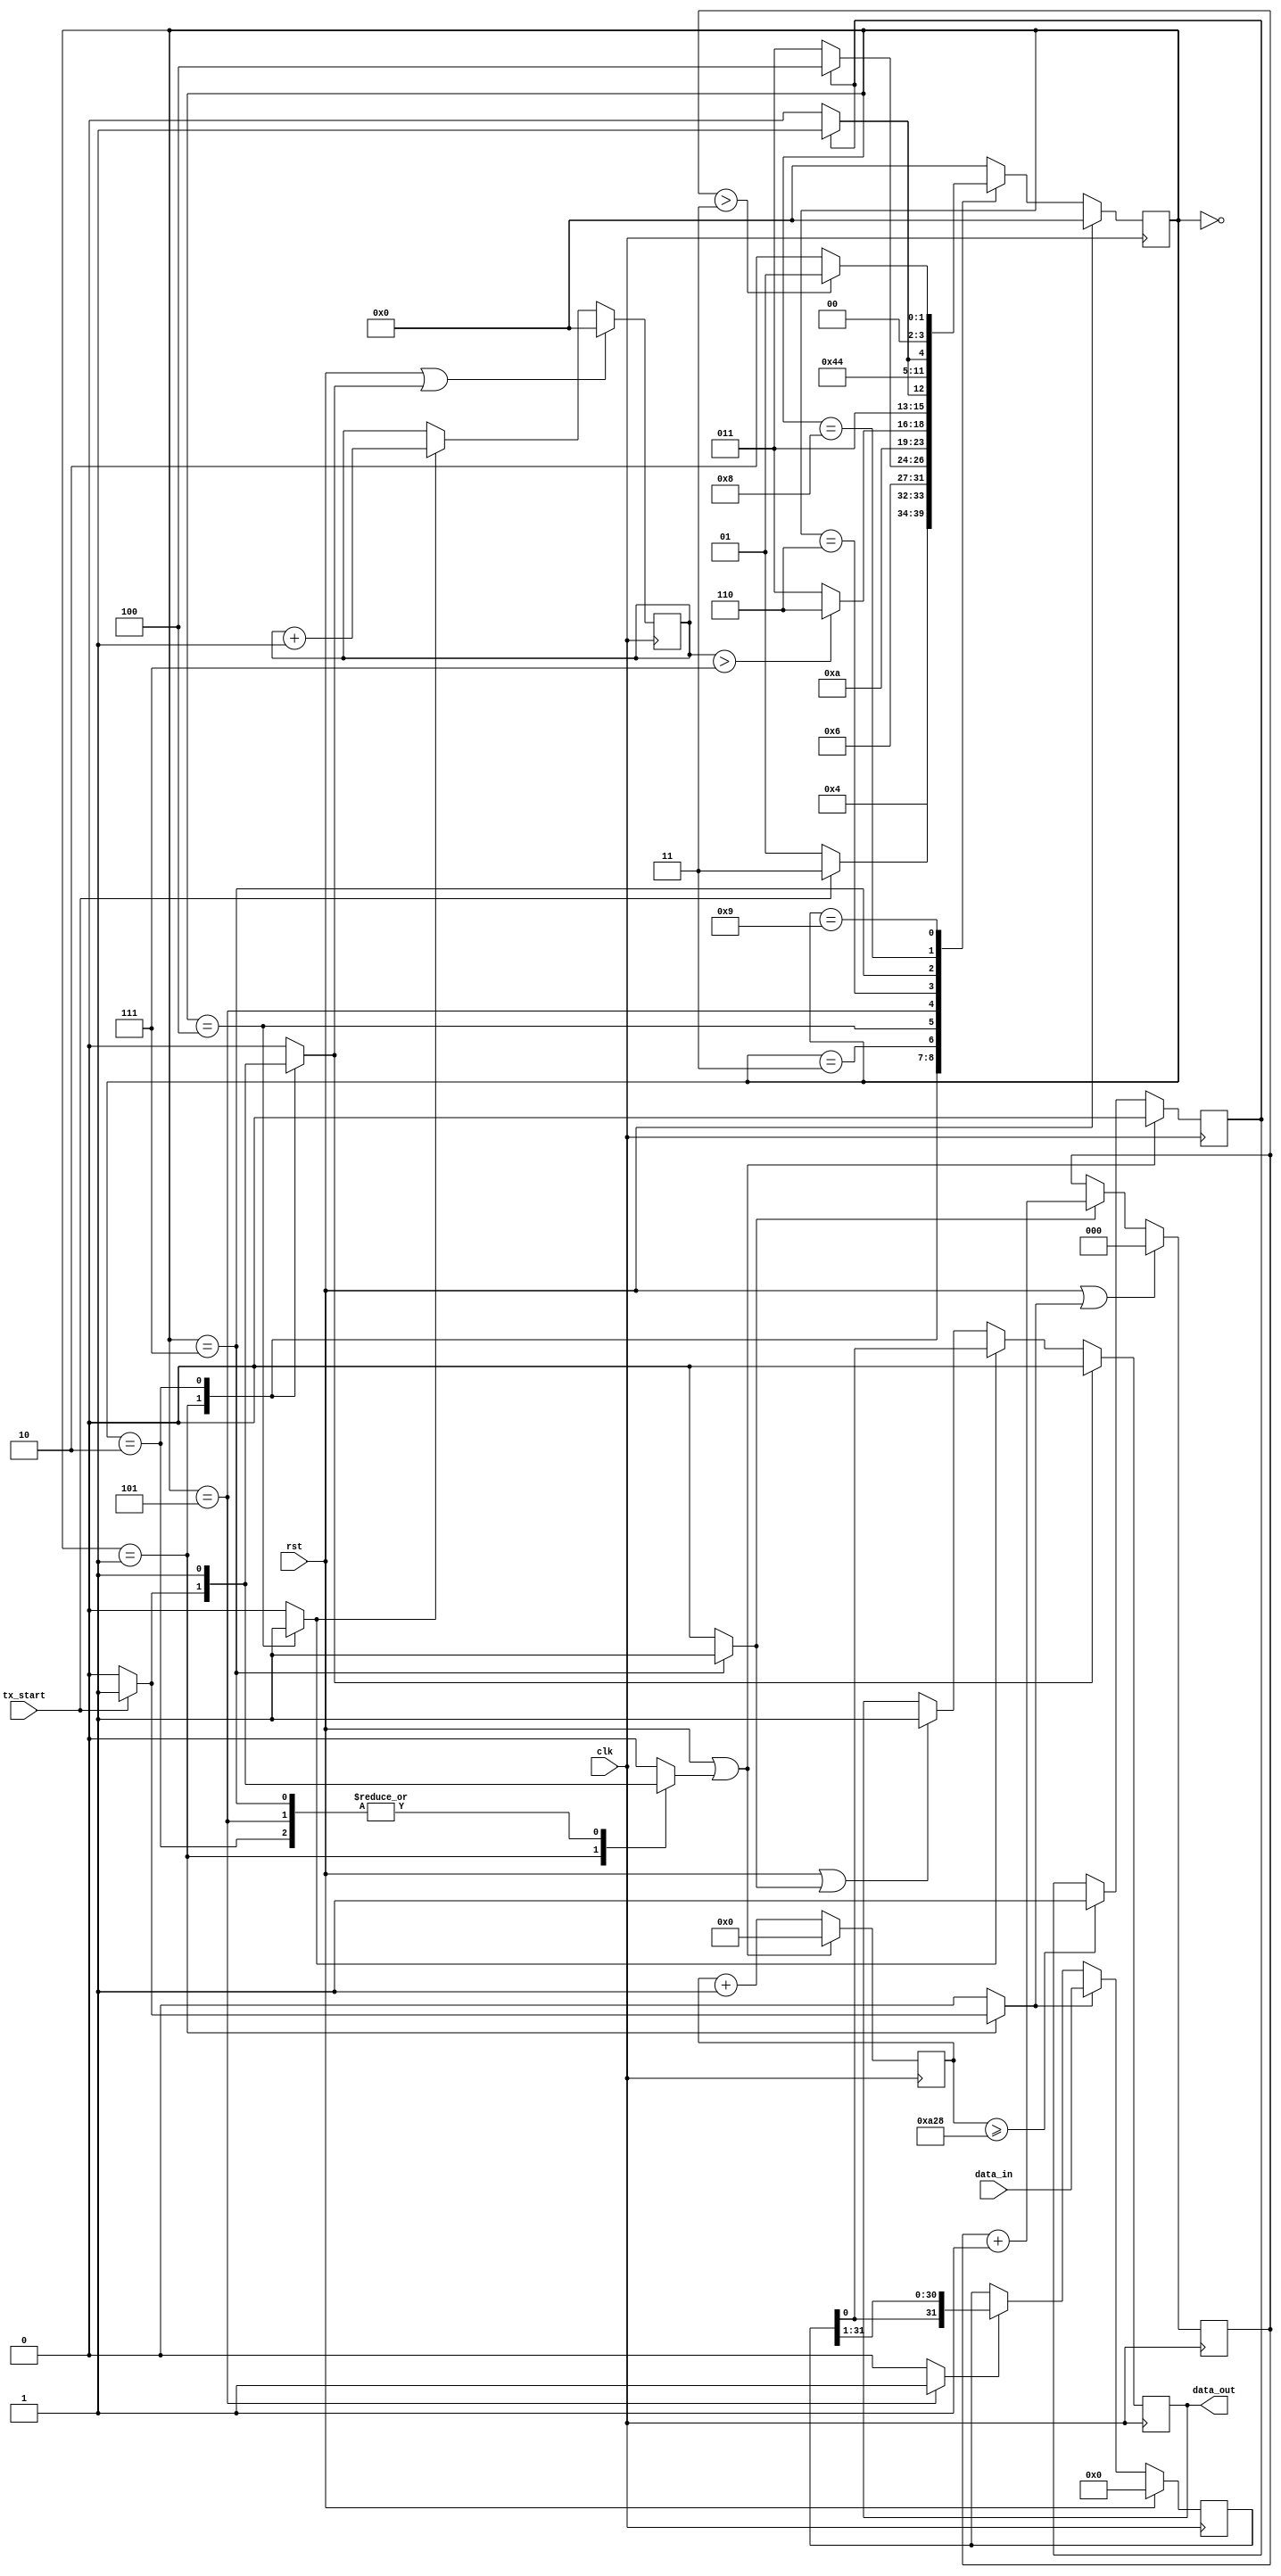
module TX_code(data_out, data_in, tx_start, clk, rst);

	output  data_out;
	input   [31:0]data_in;
	input   tx_start, clk, rst; 

	parameter T0 = 0;
	parameter T1 = 1;
	parameter T2 = 2;
	parameter T3 = 3;
	parameter T4 = 4;
	parameter T5 = 5;
	parameter T6 = 6;
	parameter T7 = 7;
	parameter T8 = 8;
	parameter T9 = 9;
  
	//(package)
	wire [31:0]data_in;
	reg  [31:0]data_r;
	reg  load_package;
	reg  shift_reg;
	always @(posedge clk)
	begin
		if(rst)					data_r <= 32'b0;
		else if(load_package)	data_r <= data_in;
		else if(shift_reg)	data_r <= {data_r[0], data_r[31:1]};
	end
	
	//delta_time_1_flag
	reg [11:0]  cnt_1;
	reg rst_cnt_1;
	reg delta_time_1_flag;
	always @(posedge clk)
	begin
		if(rst | rst_cnt_1)	
		begin 
			cnt_1 <= 0;
			delta_time_1_flag <= 0;
		end
		else 
		begin 
			cnt_1 <= cnt_1 + 1;
			if(cnt_1 >= 2600)  delta_time_1_flag <= 1;
		//	if(cnt_1 >= 46)  delta_time_1_flag <= 1;
		end
	end
	
	//bit
	reg [3:0] cnt_tx_bits;
	reg inc_cnt_tx_bits;
	reg rst_cnt_tx_bits;
	always @(posedge clk)
	begin
		if(rst | rst_cnt_tx_bits)	cnt_tx_bits <= 0;
		else if (inc_cnt_tx_bits)	cnt_tx_bits <= cnt_tx_bits + 1;
	end
	
	//byte
	reg [2:0] cnt_tx_bytes;
	reg inc_cnt_tx_bytes;
	reg rst_cnt_tx_bytes;
	always @(posedge clk)
	begin
		if(rst | rst_cnt_tx_bytes)	cnt_tx_bytes <= 0;
		else if (inc_cnt_tx_bytes)	cnt_tx_bytes <= cnt_tx_bytes + 1;
	end
	
	//data
	reg rst_data;
	reg start_data;
	reg tx_bit;
	reg data;
	always @(posedge clk)
	begin
		if(rst | rst_data)	data <= 1;
		if(start_data)		data <= 0;
		else if(tx_bit)	data <= data_r[0];
	end
	
	//States
	reg [3:0] ps,ns;
	always@(posedge clk)
	begin
		if(rst) ps <= T0;
		else    ps <= ns;
	end
    
	//tx fsm
	always@(*)
	begin
	
		rst_cnt_1 = 0;
		
		load_package = 0;
		shift_reg = 0;
		tx_bit = 0;
		
		rst_cnt_tx_bits = 0;
		inc_cnt_tx_bits = 0;
		
		inc_cnt_tx_bytes = 0;
		rst_cnt_tx_bytes = 0;
		
		start_data = 0;
		rst_data = 0;
		ns = T0;
		
		case(ps)
			T0:
			begin
				ns = T1;
			end
			T1://
			begin
				//package start
				if (tx_start)
				begin
					rst_cnt_tx_bytes = 1;
					rst_cnt_tx_bits  = 1;
					rst_cnt_1 = 1;
					load_package = 1;
					start_data = 1;
					ns = T3;
				end
				else  ns = T1;
		
			end
			T2://byte_start
			begin
			  start_data = 1;
				rst_cnt_tx_bits = 1;
				rst_cnt_1 = 1;
				ns = T3;
			end
			T3://delay 1 delta_time
			begin
				if (delta_time_1_flag)	ns = T4;
				else 					ns = T3;
			end
			T4://send 1 bit
			begin
				tx_bit = 1;
				inc_cnt_tx_bits = 1;
				ns = T5;
			end
			T5://count 8bits
			begin
				rst_cnt_1 = 1;
				shift_reg = 1;
				if (cnt_tx_bits > 7) 	ns = T6;
				else 					ns = T3;
			end
			T6://delay 1 delta_time
			begin
				if (delta_time_1_flag)	ns = T7;
				else 					ns = T6;
			end
			T7://send 1 byte
			begin
				rst_data = 1;
				rst_cnt_1 = 1;
				inc_cnt_tx_bytes = 1;
				ns = T8;
			end
			T8://delay 1 delta_time
			begin
				if (delta_time_1_flag)	ns = T9;
				else 					ns = T8;
			end
			T9://count 4bytes 
			begin				
				//check package finish?
				if (cnt_tx_bytes > 3)	ns = T1;
				else 					ns = T2;
			end
		endcase 
	end
    
	wire data_out;
	assign data_out = data;

endmodule